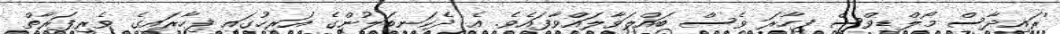
'ރައިދާސް މޯލްޑިވްސް ފިހާރަ ވެސް ބައްލަވާލައްވާފައެވެ. އެ ދެކަނބަލުންގެ އަރިހުގައި ފިހާރައިގެ ވެރިފަރާތް